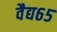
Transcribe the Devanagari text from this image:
वैद्य६५